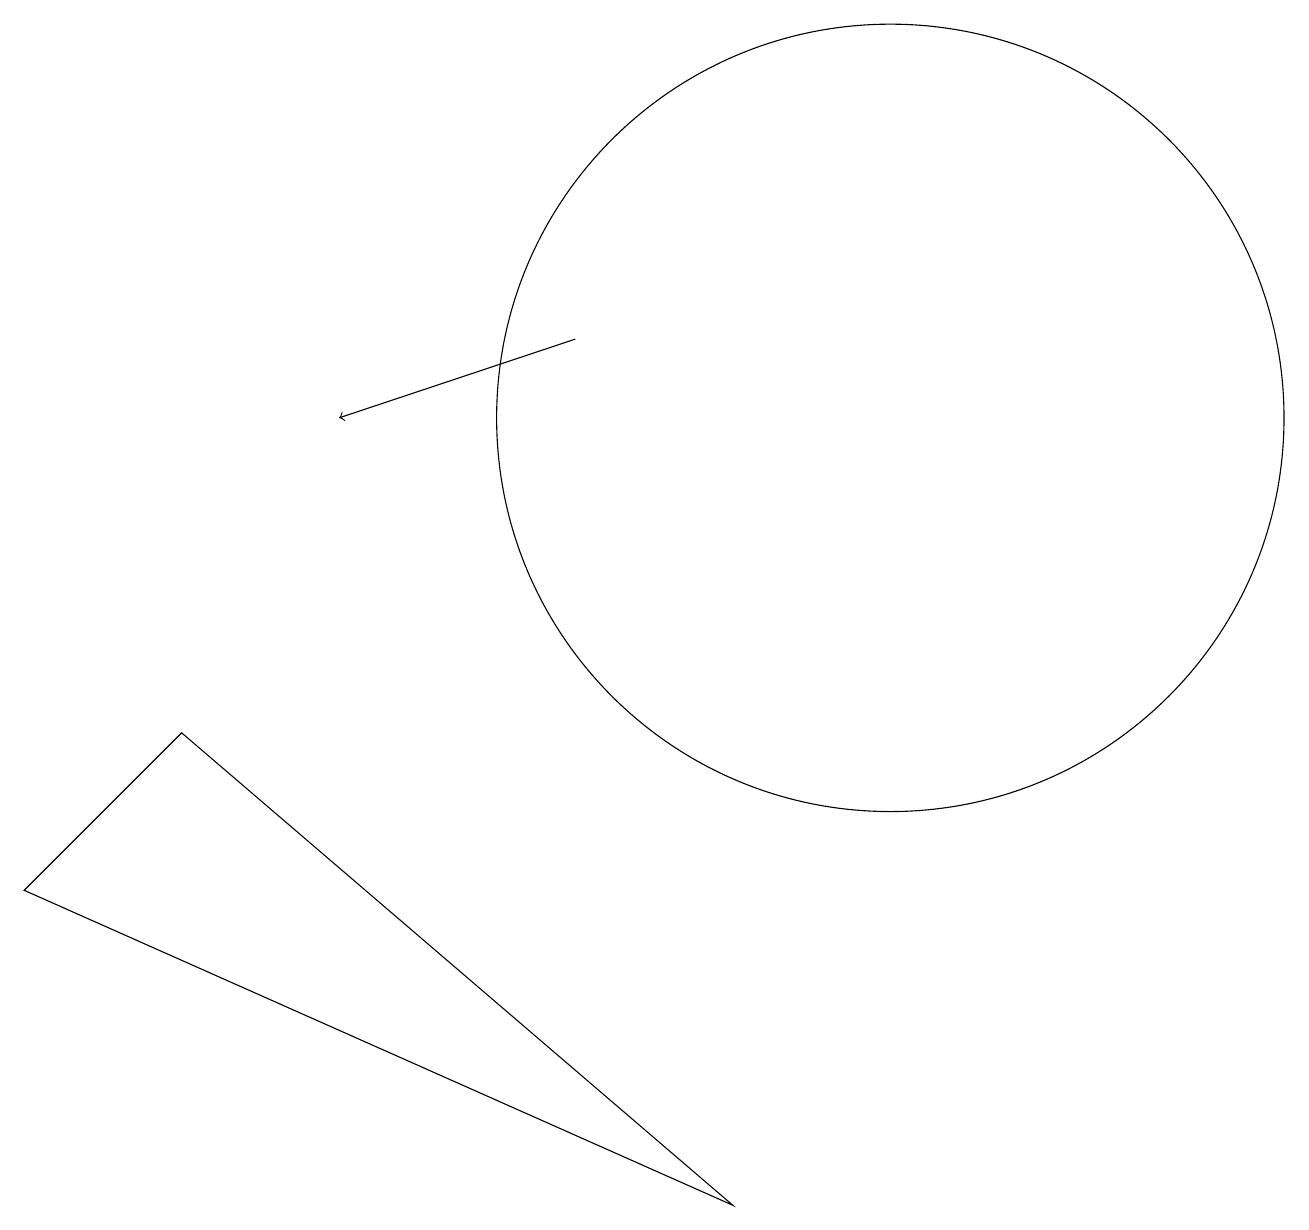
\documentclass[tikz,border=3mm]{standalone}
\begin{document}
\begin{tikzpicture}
\draw (9,0) -- (2,6) -- (0,4) -- cycle;
\draw (11,10) circle (5);
\draw[->] (7,11) -- (4,10);
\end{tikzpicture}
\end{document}